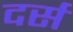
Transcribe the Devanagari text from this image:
दर्स